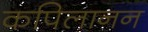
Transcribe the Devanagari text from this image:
कपिलानन